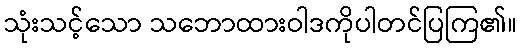
သုံးသင့်သော သဘောထားဝါဒကိုပါတင်ပြကြ၏။